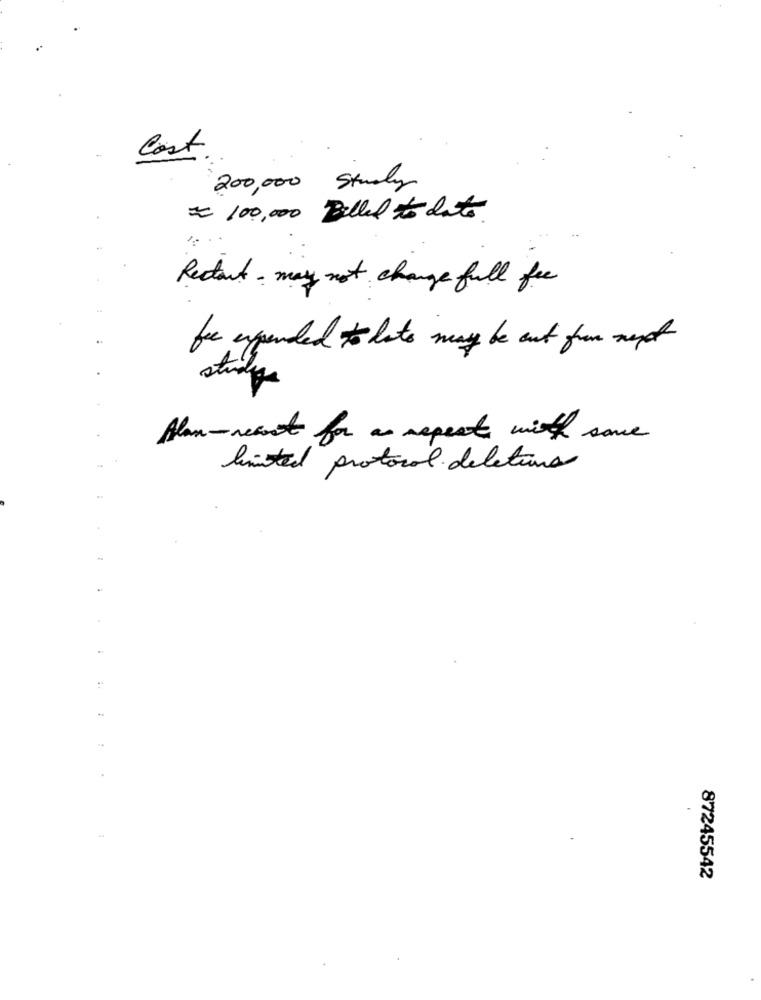
Cost
200,000 Study
= 100,000 Belled to date
Restant - may not change full fre
for expended to late may be out from next
study
Alan-resort for as aspects with some
limited protocol delectura
87245542